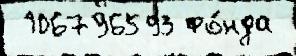
 106796593 фо́нда